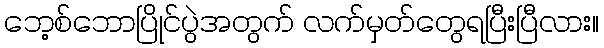
ဘေ့စ်ဘောပြိုင်ပွဲအတွက် လက်မှတ်တွေရပြီးပြီလား။